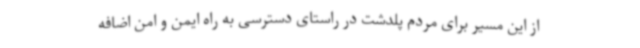
از این مسیر برای مردم پلدشت در راستای دسترسی به راه ایمن و امن اضافه